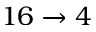
1 6 \rightarrow 4